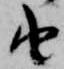
由